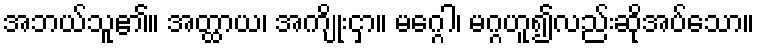
အဘယ်သူ၏။ အတ္ထာယ၊ အကျိုးငှာ။ မဂ္ဂေါ၊ မဂ္ဂဟူ၍လည်းဆိုအပ်သော။